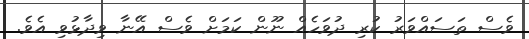
ވެސް ތަސައްވަރު ކުރި ދުވަހެއް ނޫން ކަމަށް ވެސް އޭނާ ވިދާޅުވި އެވެ.